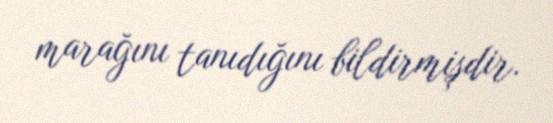
marağını tanıdığını bildirmişdir.